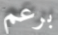
برعم